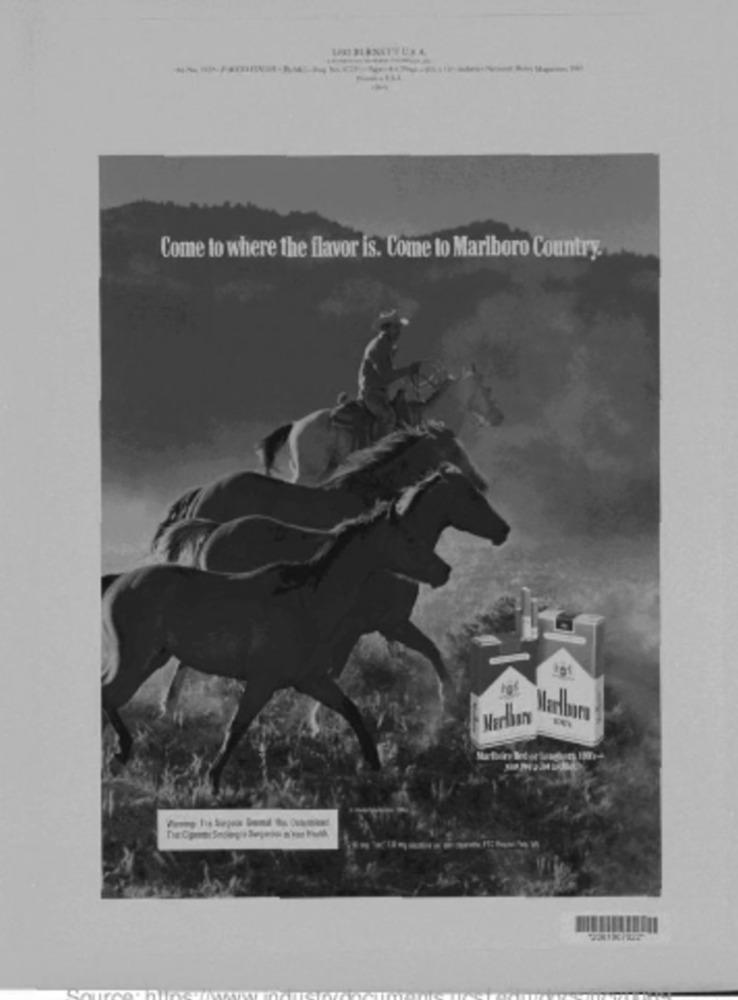
Come to where the flavor is. Come to Marlboro Country.
Marlboro